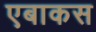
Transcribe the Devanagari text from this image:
एबाकस